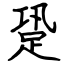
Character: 跫